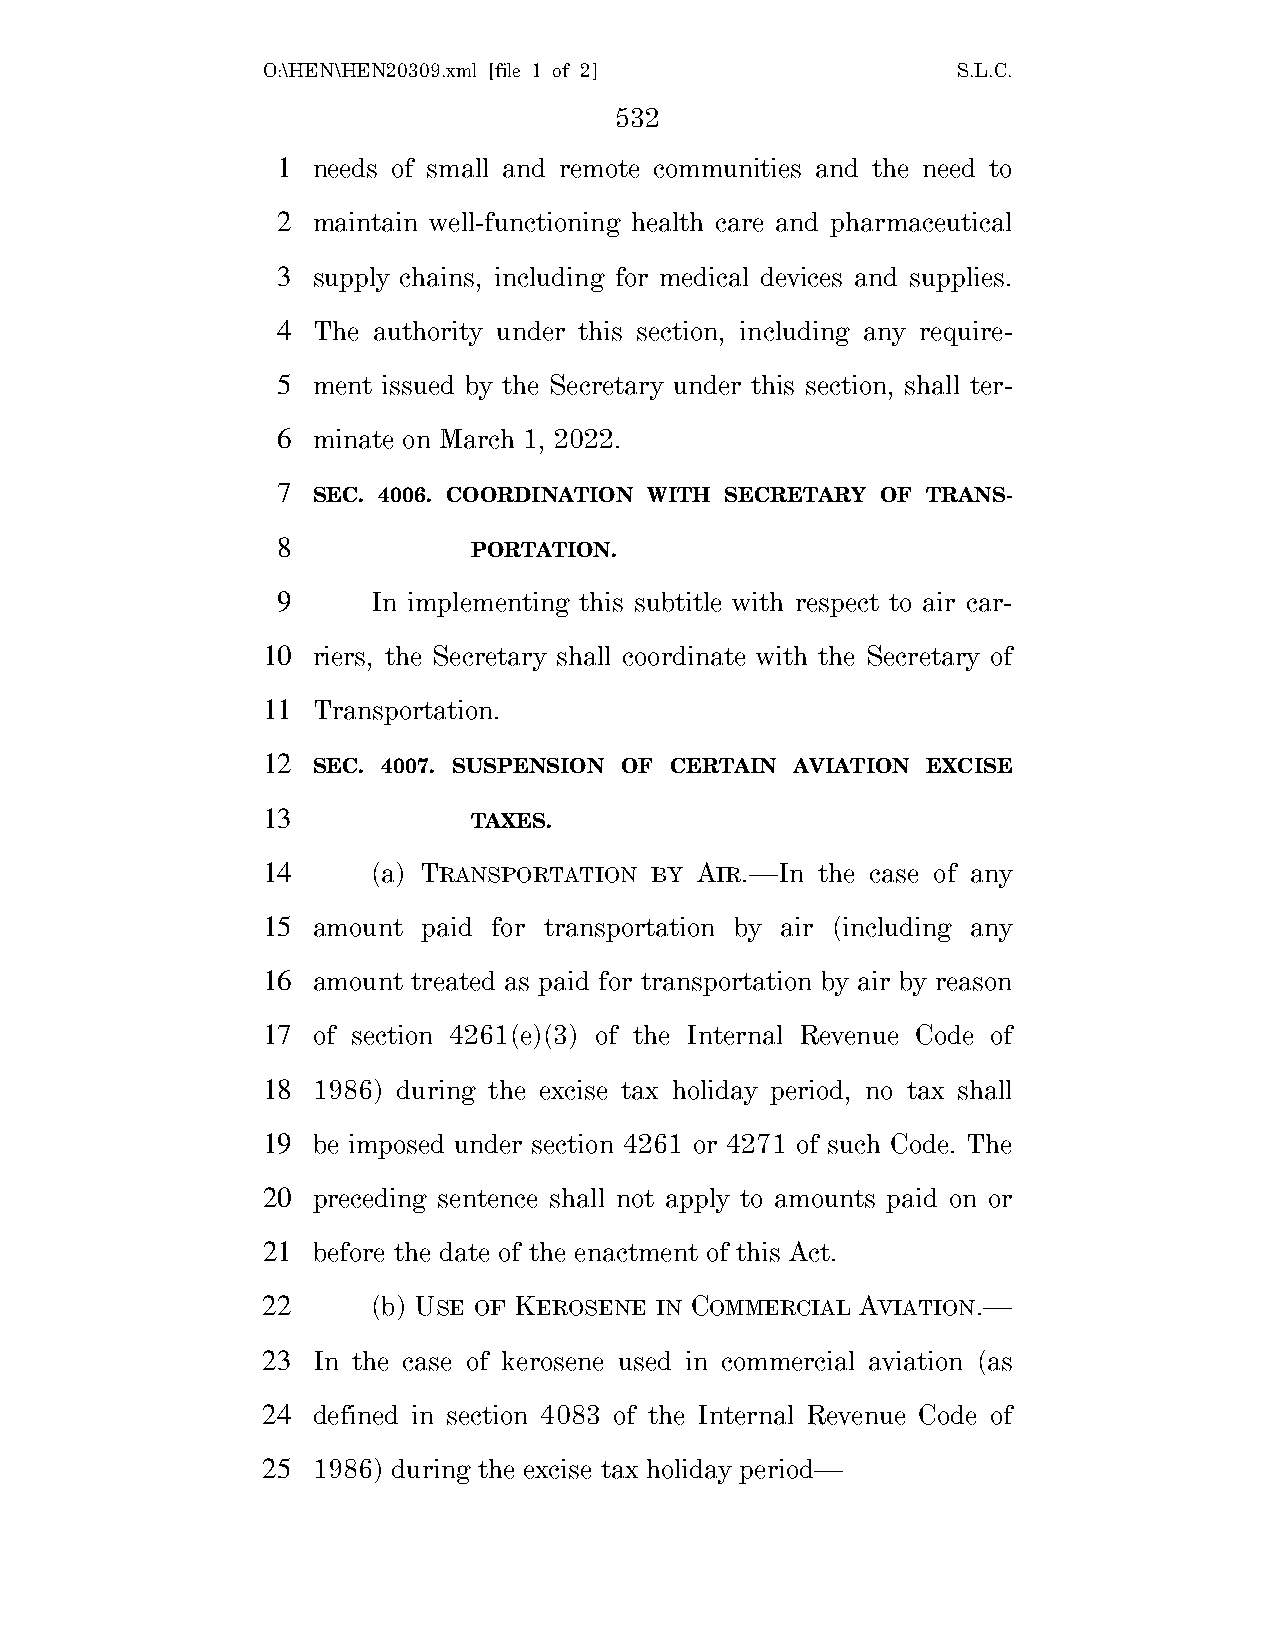
O:\HEN\HEN20309.xml [file 1 of 2]             S.L.C.
 532
 1  needs of small and remote communities and the need to
 2  maintain well-functioning health care and pharmaceutical
 3  supply chains, including for medical devices and supplies.
 4  The authority under this section, including any require-
 5  ment issued by the Secretary under this section, shall ter-
 6  minate on March 1, 2022.
 7
 SEC. 4006. COORDINATION WITH SECRETARY OF TRANS-
 8
 PORTATION.
 9      In implementing this subtitle with respect to air car-
 10  riers, the Secretary shall coordinate with the Secretary of
 11  Transportation.
 12
 SEC. 4007. SUSPENSION OF CERTAIN AVIATION EXCISE
 13
 TAXES.
 14      (a) TRANSPORTATION BY AIR.—In the case of any
 15  amount paid for transportation by air (including any
 16  amount treated as paid for transportation by air by reason
 17  of section 4261(e)(3) of the Internal Revenue Code of
 18  1986) during the excise tax holiday period, no tax shall
 19  be imposed under section 4261 or 4271 of such Code. The
 20  preceding sentence shall not apply to amounts paid on or
 21  before the date of the enactment of this Act.
 22      (b) USE OF KEROSENE IN COMMERCIAL AVIATION.—
 23  In the case of kerosene used in commercial aviation (as
 24  defined in section 4083 of the Internal Revenue Code of
 25  1986) during the excise tax holiday period—